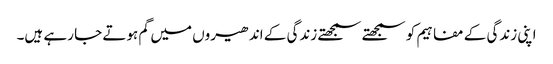
اپنی زندگی کے مفاہیم کو سمجھتے سمجھتے زندگی کے اندھیروں میں گم ہوتے جا رہے ہیں۔